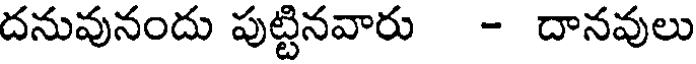
దనువునందు పుట్టినవారు - దానవులు